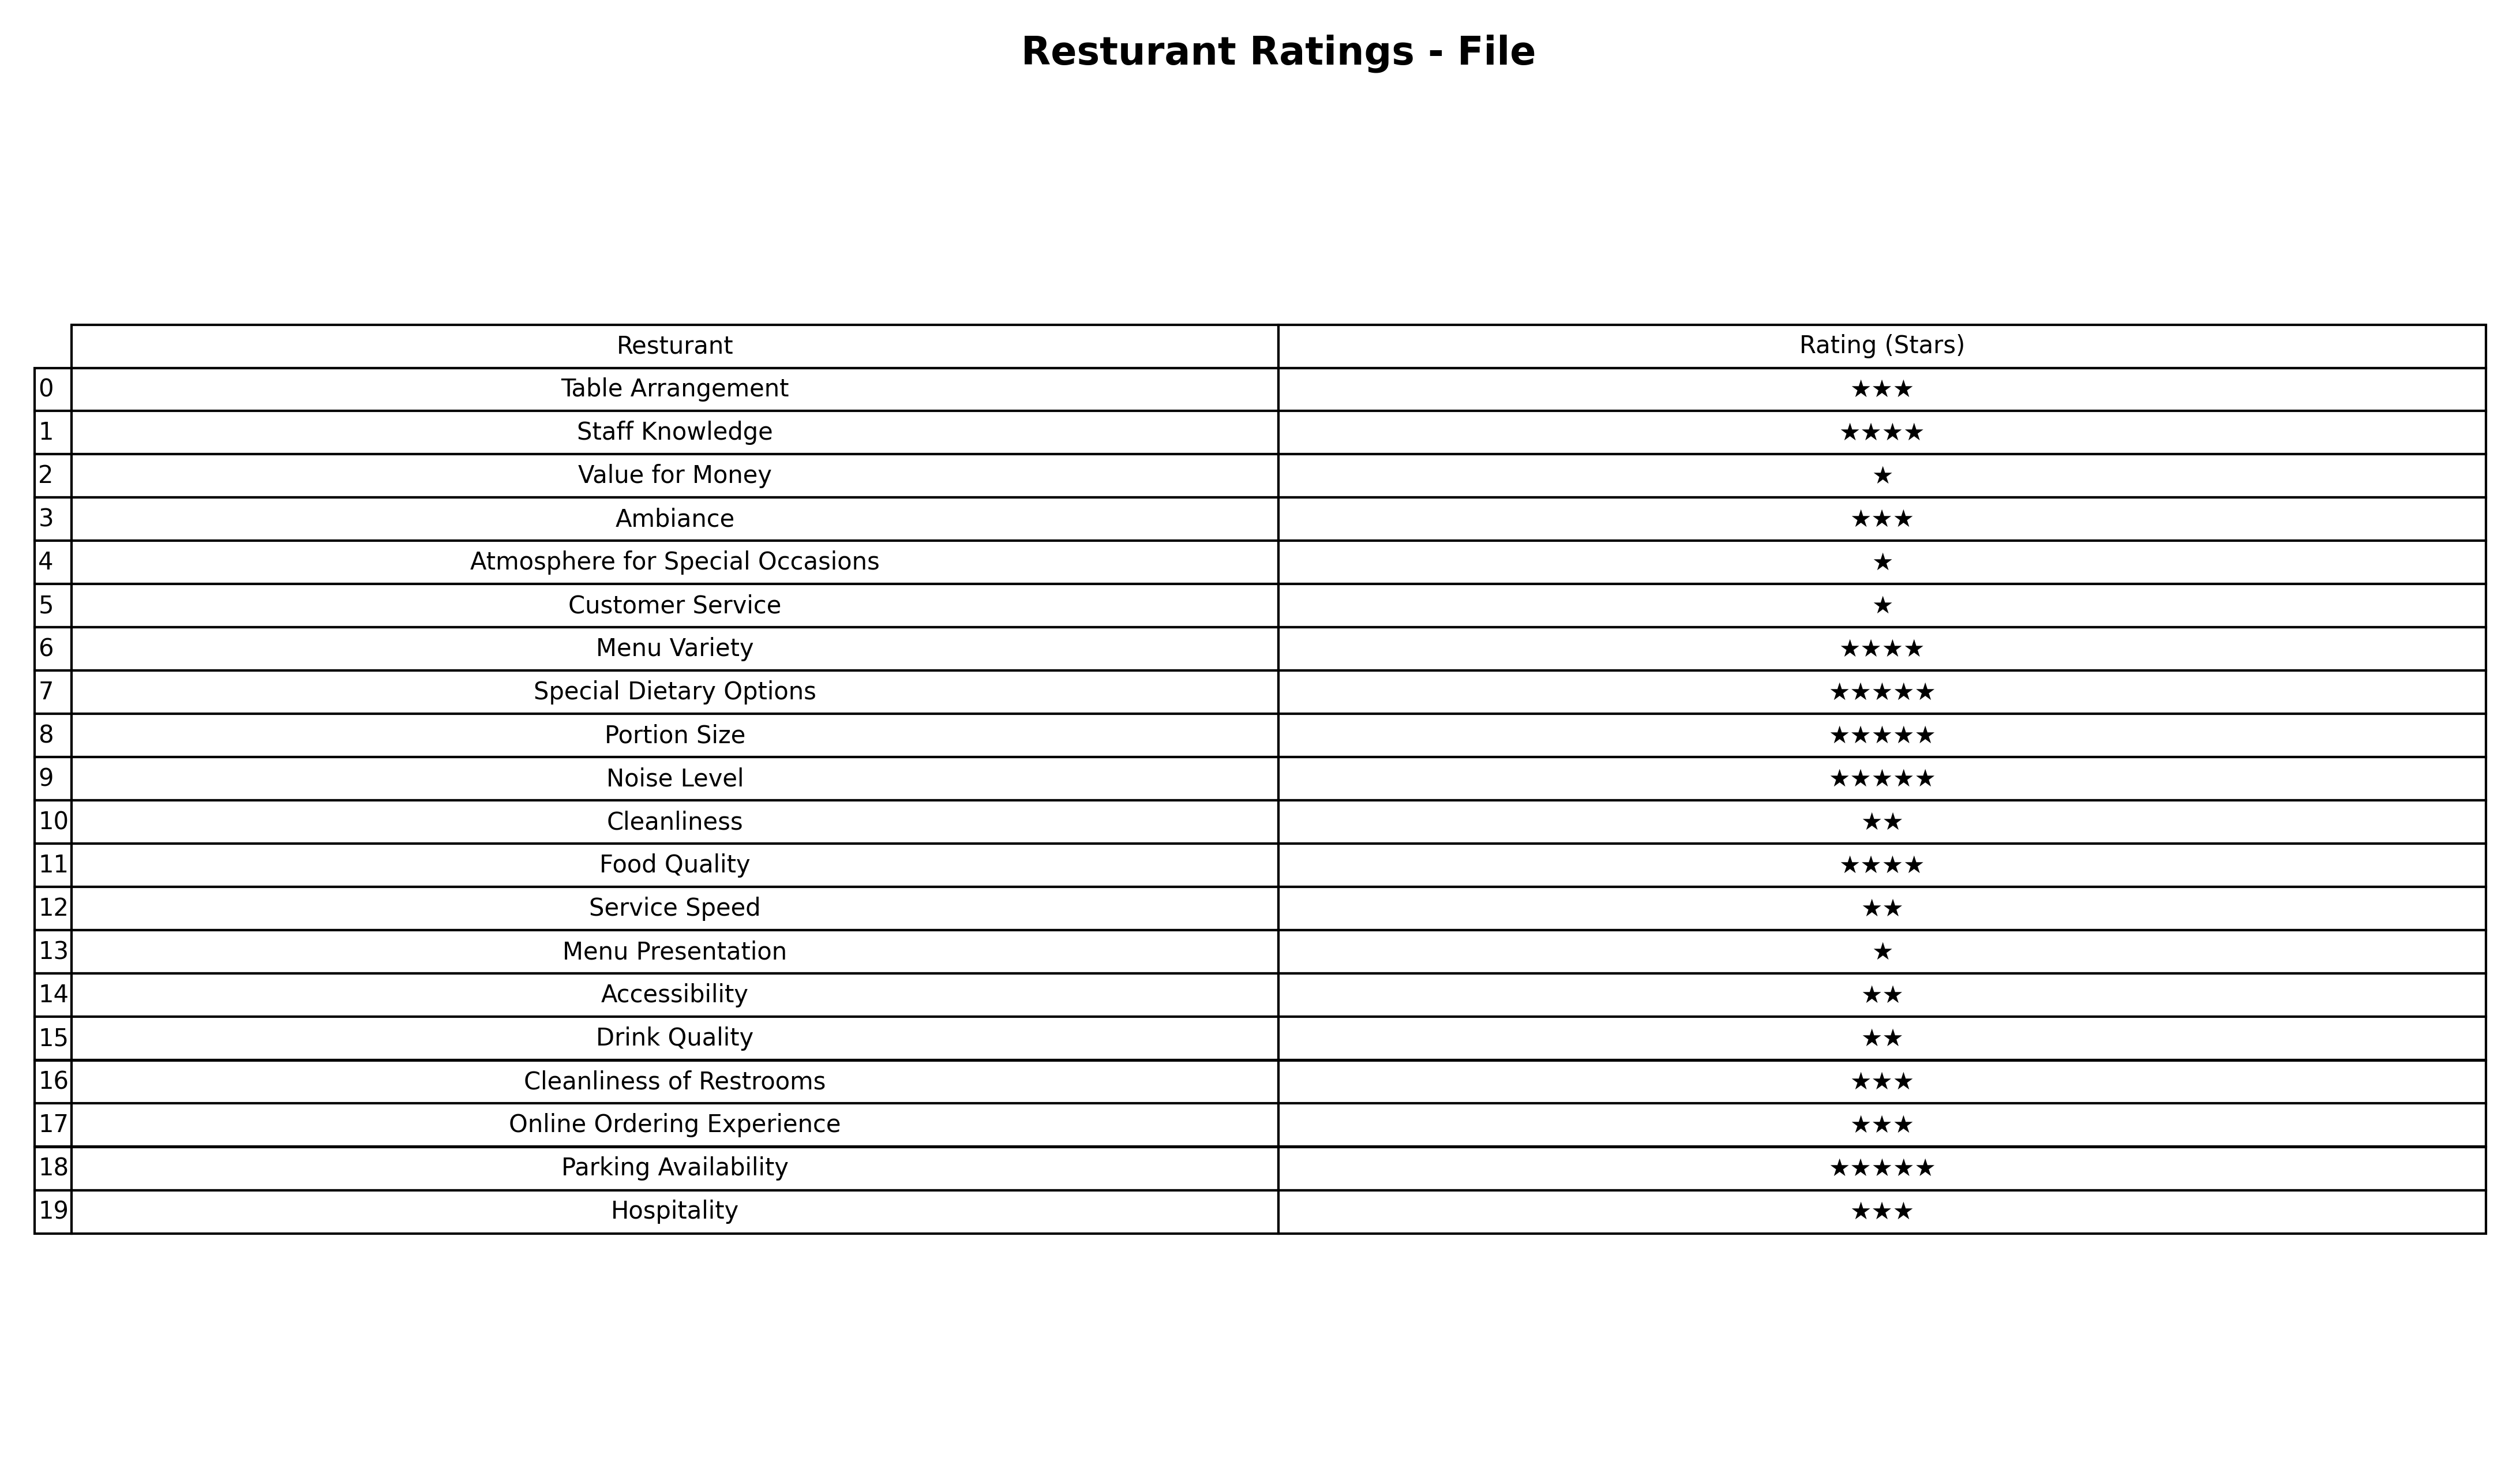
question: What are lowest rating services?
answer: Staff KnowledgeMenu VarietyFood Quality